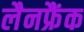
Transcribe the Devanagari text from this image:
लैनफ्रैंक